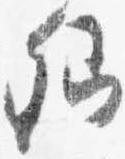
卿